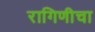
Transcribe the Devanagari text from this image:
रागिणीचा